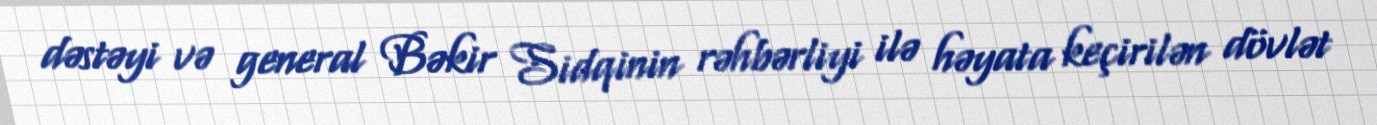
dəstəyi və general Bəkir Sidqinin rəhbərliyi ilə həyata keçirilən dövlət